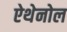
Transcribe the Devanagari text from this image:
ऐथेनोल